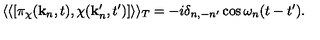
\langle \langle [ \pi _ { \chi } ( { \bf k } _ { n } , t ) , \chi ( { \bf k } _ { n } ^ { \prime } , t ^ { \prime } ) ] \rangle \rangle _ { T } = - i \delta _ { n , - n ^ { \prime } } \cos \omega _ { n } ( t - t ^ { \prime } ) .